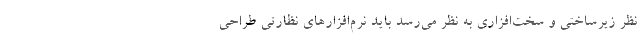
نظر زیرساختی و سخت‌افزاری به نظر می‌رسد باید نرم‌افزارهای نظارتی طراحی